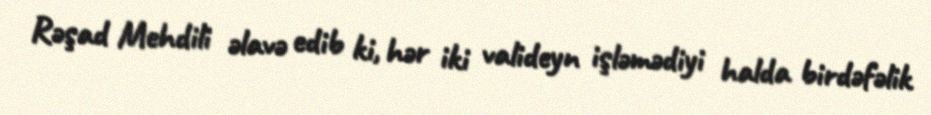
Rəşad Mehdili əlavə edib ki, hər iki valideyn işləmədiyi halda birdəfəlik